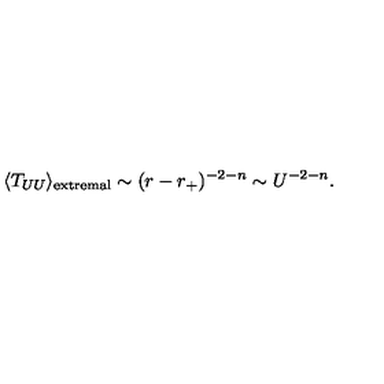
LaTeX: \langle T _ { U U } \rangle _ { \mathrm { e x t r e m a l } } \sim ( r - r _ { + } ) ^ { - 2 - n } \sim U ^ { - 2 - n } .